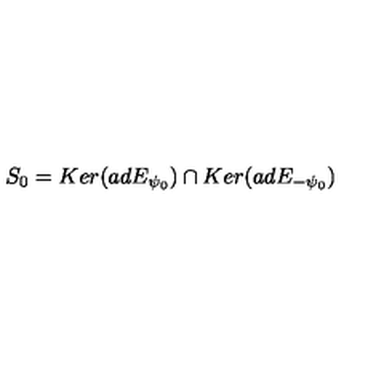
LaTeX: S _ { 0 } = K e r ( a d E _ { \psi _ { 0 } } ) \cap K e r ( a d E _ { - \psi _ { 0 } } )